38_143685_box7_Incident_Summaries_1-100
Agency: Department of War
Page 48
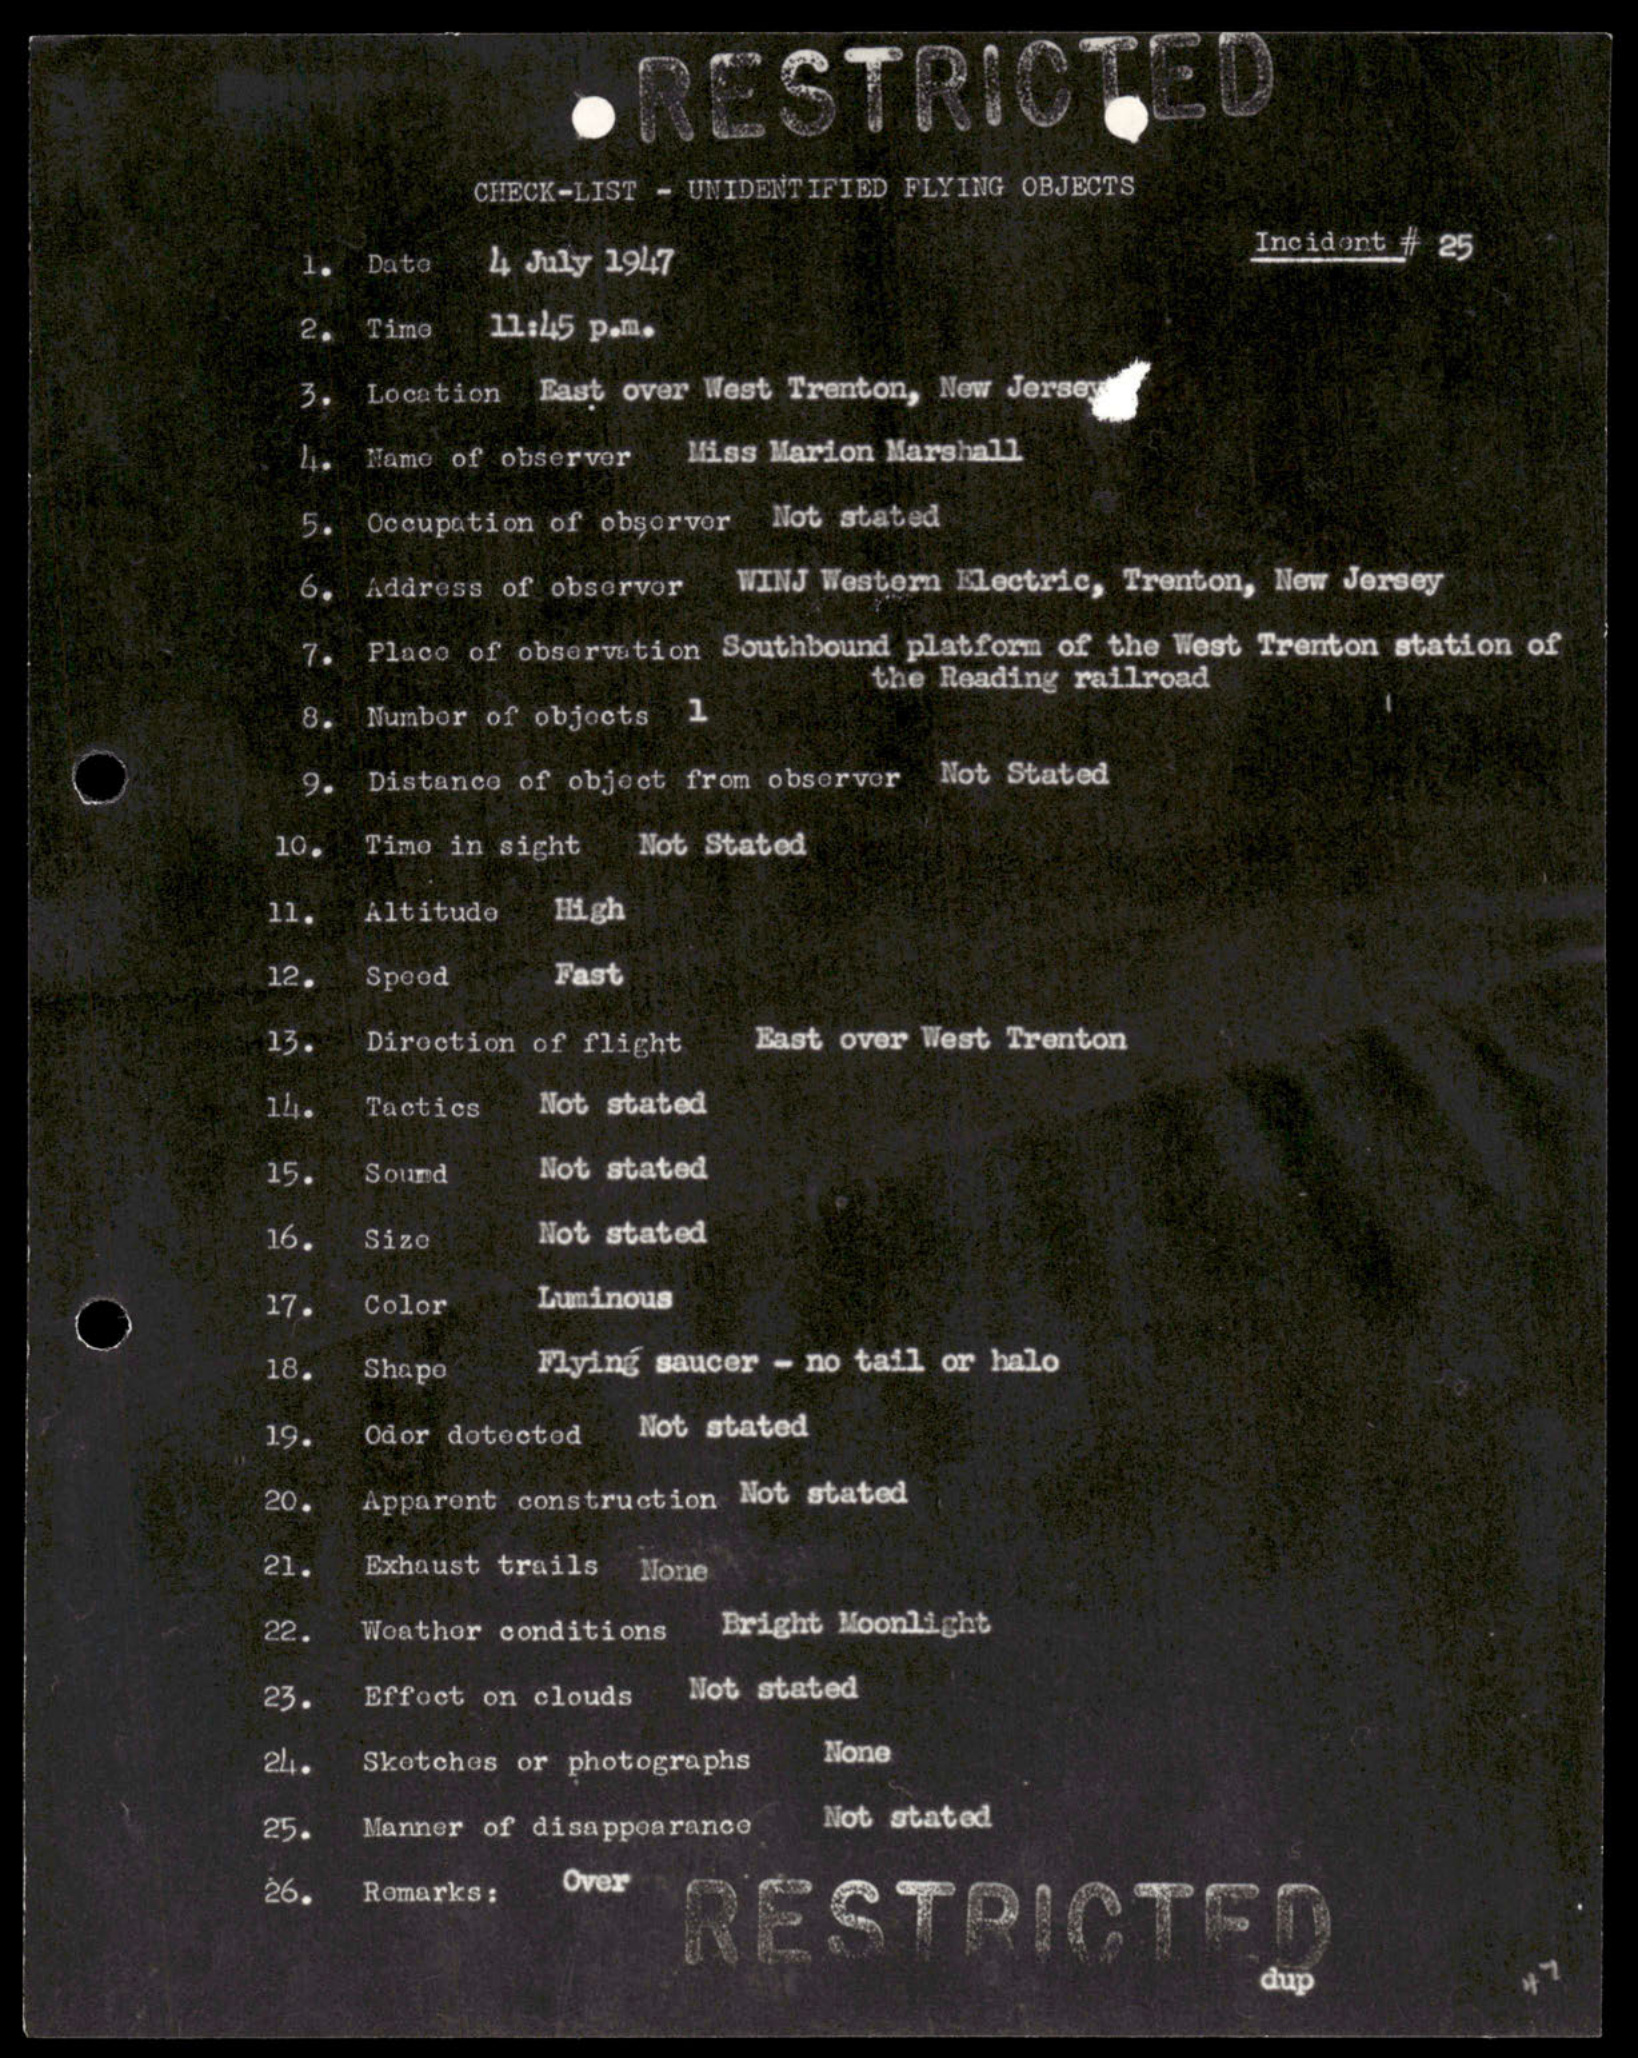